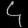
Digit: ၄